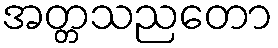
အတ္တသညတော